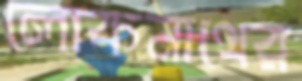
লোকনাথের